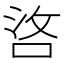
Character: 𠳛